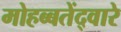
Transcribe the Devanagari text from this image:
मोहब्बतेंद्वारे